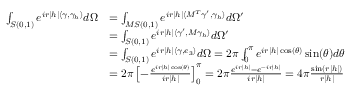
\begin{array} { r l } { \int _ { S ( 0 , 1 ) } e ^ { i r | h | \langle \gamma , \gamma _ { h } \rangle } d \Omega } & { = \int _ { M S ( 0 , 1 ) } e ^ { i r | h | \langle M ^ { T } \gamma ^ { \prime } , \gamma _ { h } \rangle } d \Omega ^ { \prime } } \\ & { = \int _ { S ( 0 , 1 ) } e ^ { i r | h | \langle \gamma ^ { \prime } , M \gamma _ { h } \rangle } d \Omega ^ { \prime } } \\ & { = \int _ { S ( 0 , 1 ) } e ^ { i r | h | \langle \gamma , e _ { 3 } \rangle } d \Omega = 2 \pi \int _ { 0 } ^ { \pi } e ^ { i r | h | \cos ( \theta ) } \sin ( \theta ) d \theta } \\ & { = 2 \pi \left[ - \frac { e ^ { i r | h | \cos ( \theta ) } } { i r | h | } \right] _ { 0 } ^ { \pi } = 2 \pi \frac { e ^ { i r | h | } - e ^ { - i r | h | } } { i r | h | } = 4 \pi \frac { \sin ( r | h | ) } { r | h | } } \end{array}